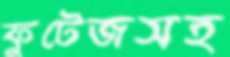
ফুটেজসহ